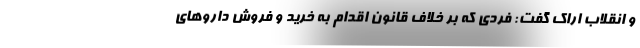
و انقلاب اراک گفت: فردی که بر خلاف قانون اقدام به خرید و فروش داروهای